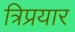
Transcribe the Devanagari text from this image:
त्रिप्रयार